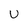
Character: U